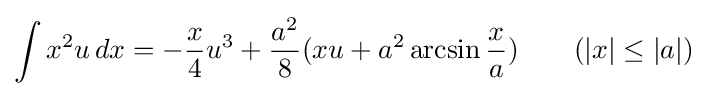
\int x^{2}u\,dx=-{\frac {x}{4}}u^{3}+{\frac {a^{2}}{8}}(xu+a^{2}\arcsin {\frac {x}{a}})\qquad {\mbox{(}}|x|\leq |a|{\mbox{)}}